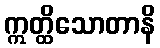
ဣတ္ထိသောတာနိ